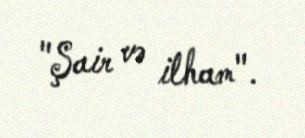
"Şair və ilham".